Annual administration and progress report of the Indian Medical Department, Bombay
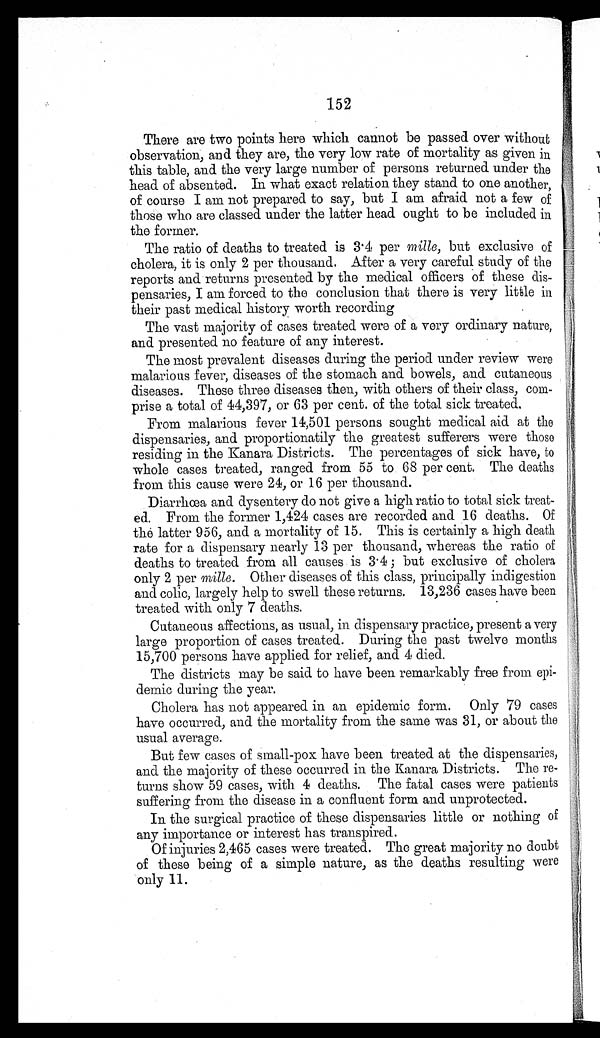
152
There are two points here which cannot be passed over without
observation, and they are, the very low rate of mortality as given in
this table, and the very large number of persons returned under the
head of absented. In what exact relation they stand to one another,
of course I am not prepared to say, but I am afraid not a few of
those who are classed under the latter head ought to be included in
the former.
The ratio of deaths to treated is 3.4 perm i l l e
, b u t e x c l u s i v e o f
cholera, it is only 2 per thousand. After a very careful study of the
reports and returns presented by the medical officers of these dis-
pensaries, I am forced to the conclusion that there is very little in
their past medical history worth recording
The vast majority of cases treated were of a very ordinary nature,
and presented no feature of any interest.
The most prevalent diseases during the period under review were
malarious fever, diseases of the stomach and bowels, and cutaneous
diseases. These three diseases then, with others of their class, com-
prise a total of 44,397, or 63 per cent. of the total sick treated.
From malarious fever 14,501 persons sought medical aid at the
dispensaries, and proportionatily the greatest sufferers were those
residing in the Kanara Districts. The percentages of sick have, to
whole cases treated, ranged from 55 to 68 per cent. The deaths
from this cause were 24, or 16 per thousand.
Diarrhœa and dysentery do not give a high ratio to total sick treat-
ed. From the former 1,424 cases are recorded and 16 deaths. Of
the latter 956, and a mortality of 15. This is certainly a high death
rate for a dispensary nearly 13 per thousand, whereas the ratio of
deaths to treated from all causes is 3.4 ; but exclusive of cholera
only 2 per mille. Other diseases of this class, principally indigestion
and colic, largely help to swell these returns. 13,236 cases have been
treated with only 7 deaths.
Cutaneous affections, as usual, in dispensary practice, present a very
large proportion of cases treated. During the past twelve months
15,700 persons have applied for relief, and 4 died.
The districts may be said to have been remarkably free from epi-
demic during the year.
Cholera has not appeared in an epidemic form. Only 79 cases
have occurred, and the mortality from the same was 31, or about the
usual average.
But few cases of small-pox have been treated at the dispensaries,
and the majority of these occurred in the Kanara Districts. The re-
turns show 59 cases, with 4 deaths. The fatal cases were patients
suffering from the disease in a confluent form and unprotected.
In the surgical practice of these dispensaries little or nothing of
any importance or interest has transpired.
Of injuries 2,465 cases were treated. The great majority no doubt
of these being of a simple nature, as the deaths resulting were